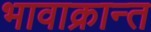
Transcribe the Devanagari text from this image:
भावाक्रान्त